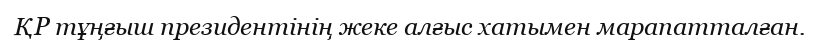
ҚР тұңғыш президентінің жеке алғыс хатымен марапатталған.